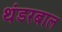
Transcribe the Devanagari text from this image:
थंडरबाल